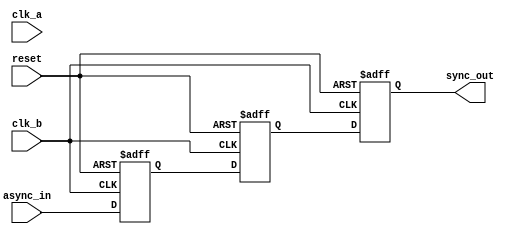
module signal_level_crossing_synchronizer #(
    parameter WIDTH = 1 // Width of the input signal
)(
    input wire clk_a,                // Clock for Domain A
    input wire clk_b,                // Clock for Domain B
    input wire [WIDTH-1:0] async_in, // Asynchronous input signal from Domain A
    input wire reset,                // Optional reset signal
    output reg [WIDTH-1:0] sync_out  // Synchronized output signal in Domain B
);

    // Internal signals for the two flip-flops
    reg [WIDTH-1:0] ff1;
    reg [WIDTH-1:0] ff2;

    // Synchronous process for Domain B
    always @(posedge clk_b or posedge reset) begin
        if (reset) begin
            ff1 <= {WIDTH{1'b0}}; // Initialize ff1 to 0 on reset
            ff2 <= {WIDTH{1'b0}}; // Initialize ff2 to 0 on reset
            sync_out <= {WIDTH{1'b0}}; // Initialize output to 0 on reset
        end else begin
            ff1 <= async_in; // Sample the asynchronous input
            ff2 <= ff1;      // Pass the sampled value to the second flip-flop
            sync_out <= ff2; // Output the value from the second flip-flop
        end
    end

endmodule